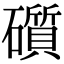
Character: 礩